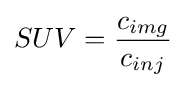
SUV={\frac {c_{img}}{c_{inj}}}